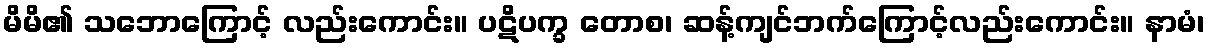
မိမိ၏ သဘောကြောင့် လည်းကောင်း။ ပဋိပက္ခ တောစ၊ ဆန့်ကျင်ဘက်ကြောင့်လည်းကောင်း။ နာမံ၊